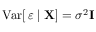
\operatorname { V a r } [ \, { \boldsymbol { \varepsilon } } \mid \mathbf { X } ] = \sigma ^ { 2 } \mathbf { I }